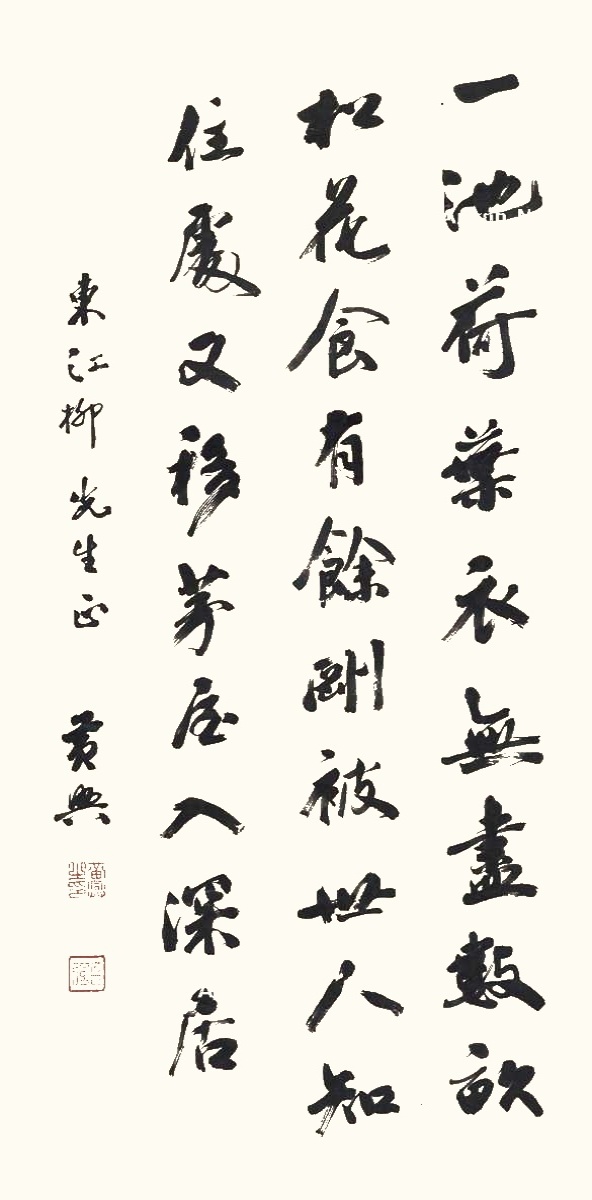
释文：一池荷叶衣无尽，数亩松花食有余。刚被世人知住处，又移茅屋入深居。东江柳先生正。黄兴。